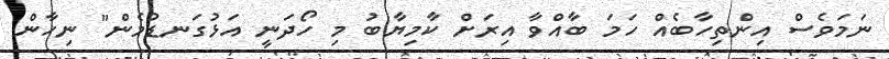
ނަމަވެސް އިންތިހާބެއް ހަމަ ބާއްވާ އިރަށް ކާމިޔާބު މި ހޯދަނީ އަޅުގަނޑުމެން" ނިހާން